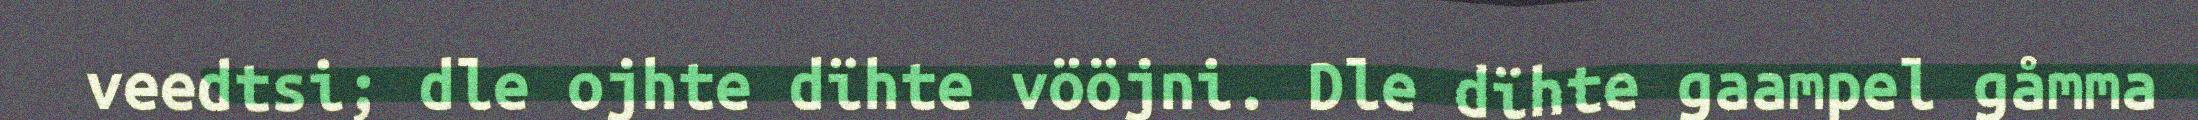
veedtsi; dle ojhte dïhte vööjni. Dle dïhte gaampel gåmma